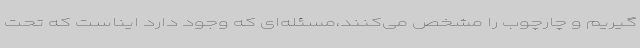
‌گیریم و چارچوب را مشخص می‌کنند،مسئله‌ای که وجود دارد ایناست که تحت